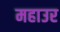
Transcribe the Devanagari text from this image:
महाउर